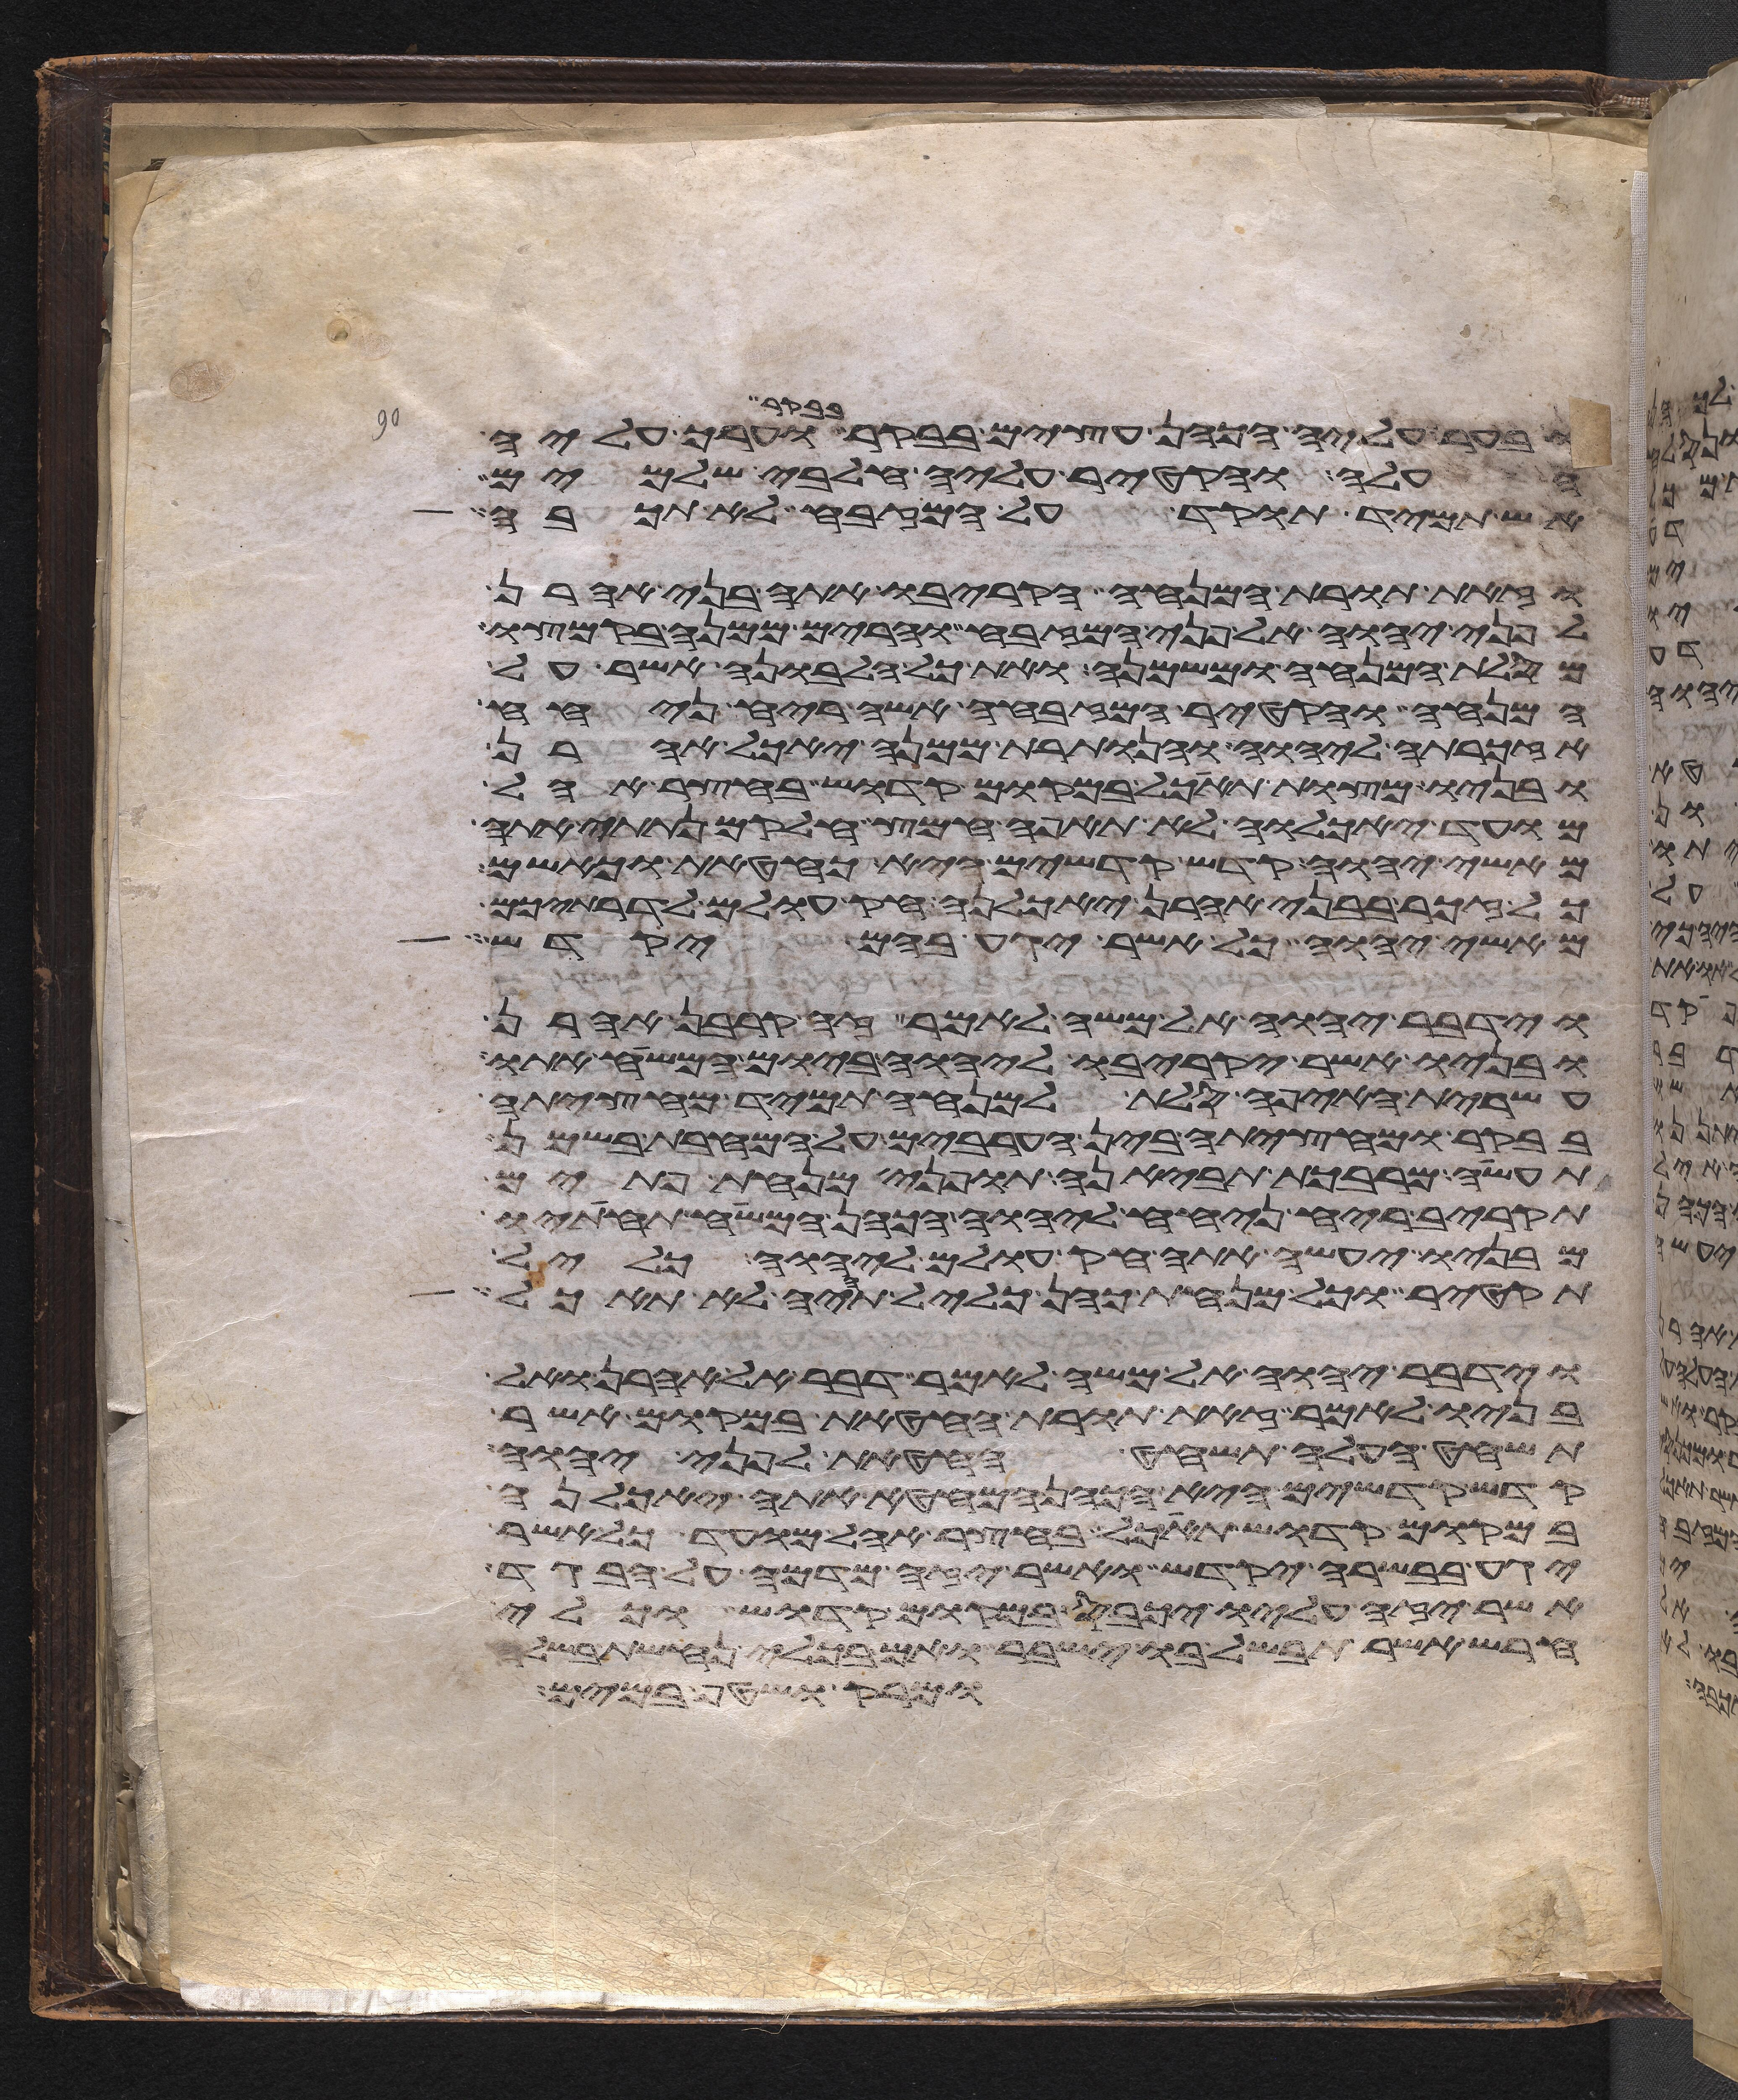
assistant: ובער עליה הכהן עצים בבקר בבקר וערך עליה
העלה והקטיר עליה חלבי שלמים
אש תמיד תוקד על המזבח לא תכבה
וזאת תורת המנחה הקריבו אתה בני אהרן
לפני יהוה אל פני המזבח והרים ממנה בקמצו
מסלת המנחה ומשמנה ואת כל הלבונה אשר על
המנחה והקטיר המזבחה אשה ריח ניחח
אזכרתה ליהוה והנותרת ממנה יאכל אהרן
ובניו מצות תאכל במקום קדוש בחצר אהל
מועד יאכלוה לא תאפה חמץ חלקם נתתי אתה
מאשי יהוה קדש קדשים היא כחטאת כאשם
כל זכר בבני אהרן יאכלנה חק עולם לדרתיכם
מאשי יהוה כל אשר יגע בהם יקדש
וידבר יהוה אל משה לאמר זה קרבן אהרן
ובניו אשר יקריבו ליהוה ביום המשיח אתו
עשירת האיפה סלת למנחה תמיד מחציתה
בבקר ומחציתה בין הערבים על המחבת בשמן
תעשה מרבכת תביאנה תופני מנחת פתים
תקריב ריח ניחח ליהוה הכהן המשיח תחתיו
מבניו יעשה אתה חק עולם ליהוה כליל
תקטיר וכל מנחת כהן כליל תהיה לא תאכל
וידבר יהוה אל משה לאמר דבר אל אהרן ואל
בניו לאמר זאת תורת החטאת במקום אשר
תשחט העלה תשחט החטאת לפני יהוה
קדש קדשים היא הכהן המחטא אתה יאכלנה
במקום קדוש תאכל בחצר אהל מועד כל אשר
יגע בבשרה יקדש ואשר יזה מדמה על הבגד
אשר תזה עליו יכבס במקום קדוש וכלי
חרש אשר תבשל בו ישבר ואם בכלי נחשת בשלה
ומרק ושטף במים